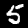
Label: 5